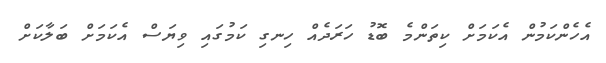
އެހެންކަމުން އެކަމަށް ކިތަންމެ ބޮޑު ހަރަދެއް ހިނގި ކަމުގައި ވިޔަސް އެކަމަށް ބަލާކަށް